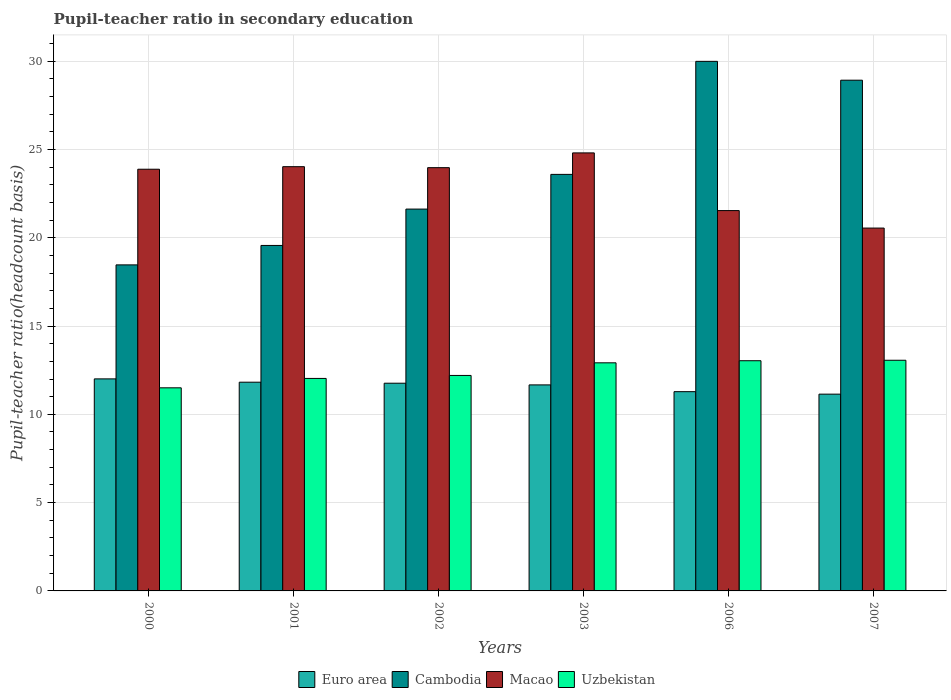
| Years | Euro area | Cambodia | Macao | Uzbekistan |
 | --- | --- | --- | --- | --- |
 | 2000 | 12 | 18.5 | 23.9 | 11.5 |
 | 2001 | 11.8 | 19.6 | 24 | 12 |
 | 2002 | 11.8 | 21.6 | 24 | 12.2 |
 | 2003 | 11.7 | 23.6 | 24.8 | 12.9 |
 | 2006 | 11.3 | 30 | 21.5 | 13 |
 | 2007 | 11.1 | 28.9 | 20.5 | 13.1 |